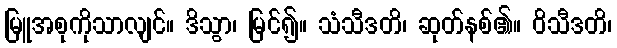
မြူအစုကိုသာလျင်။ ဒိသွာ၊ မြင်၍။ သံသီဒတိ၊ ဆုတ်နစ်၏။ ဝိသီဒတိ၊